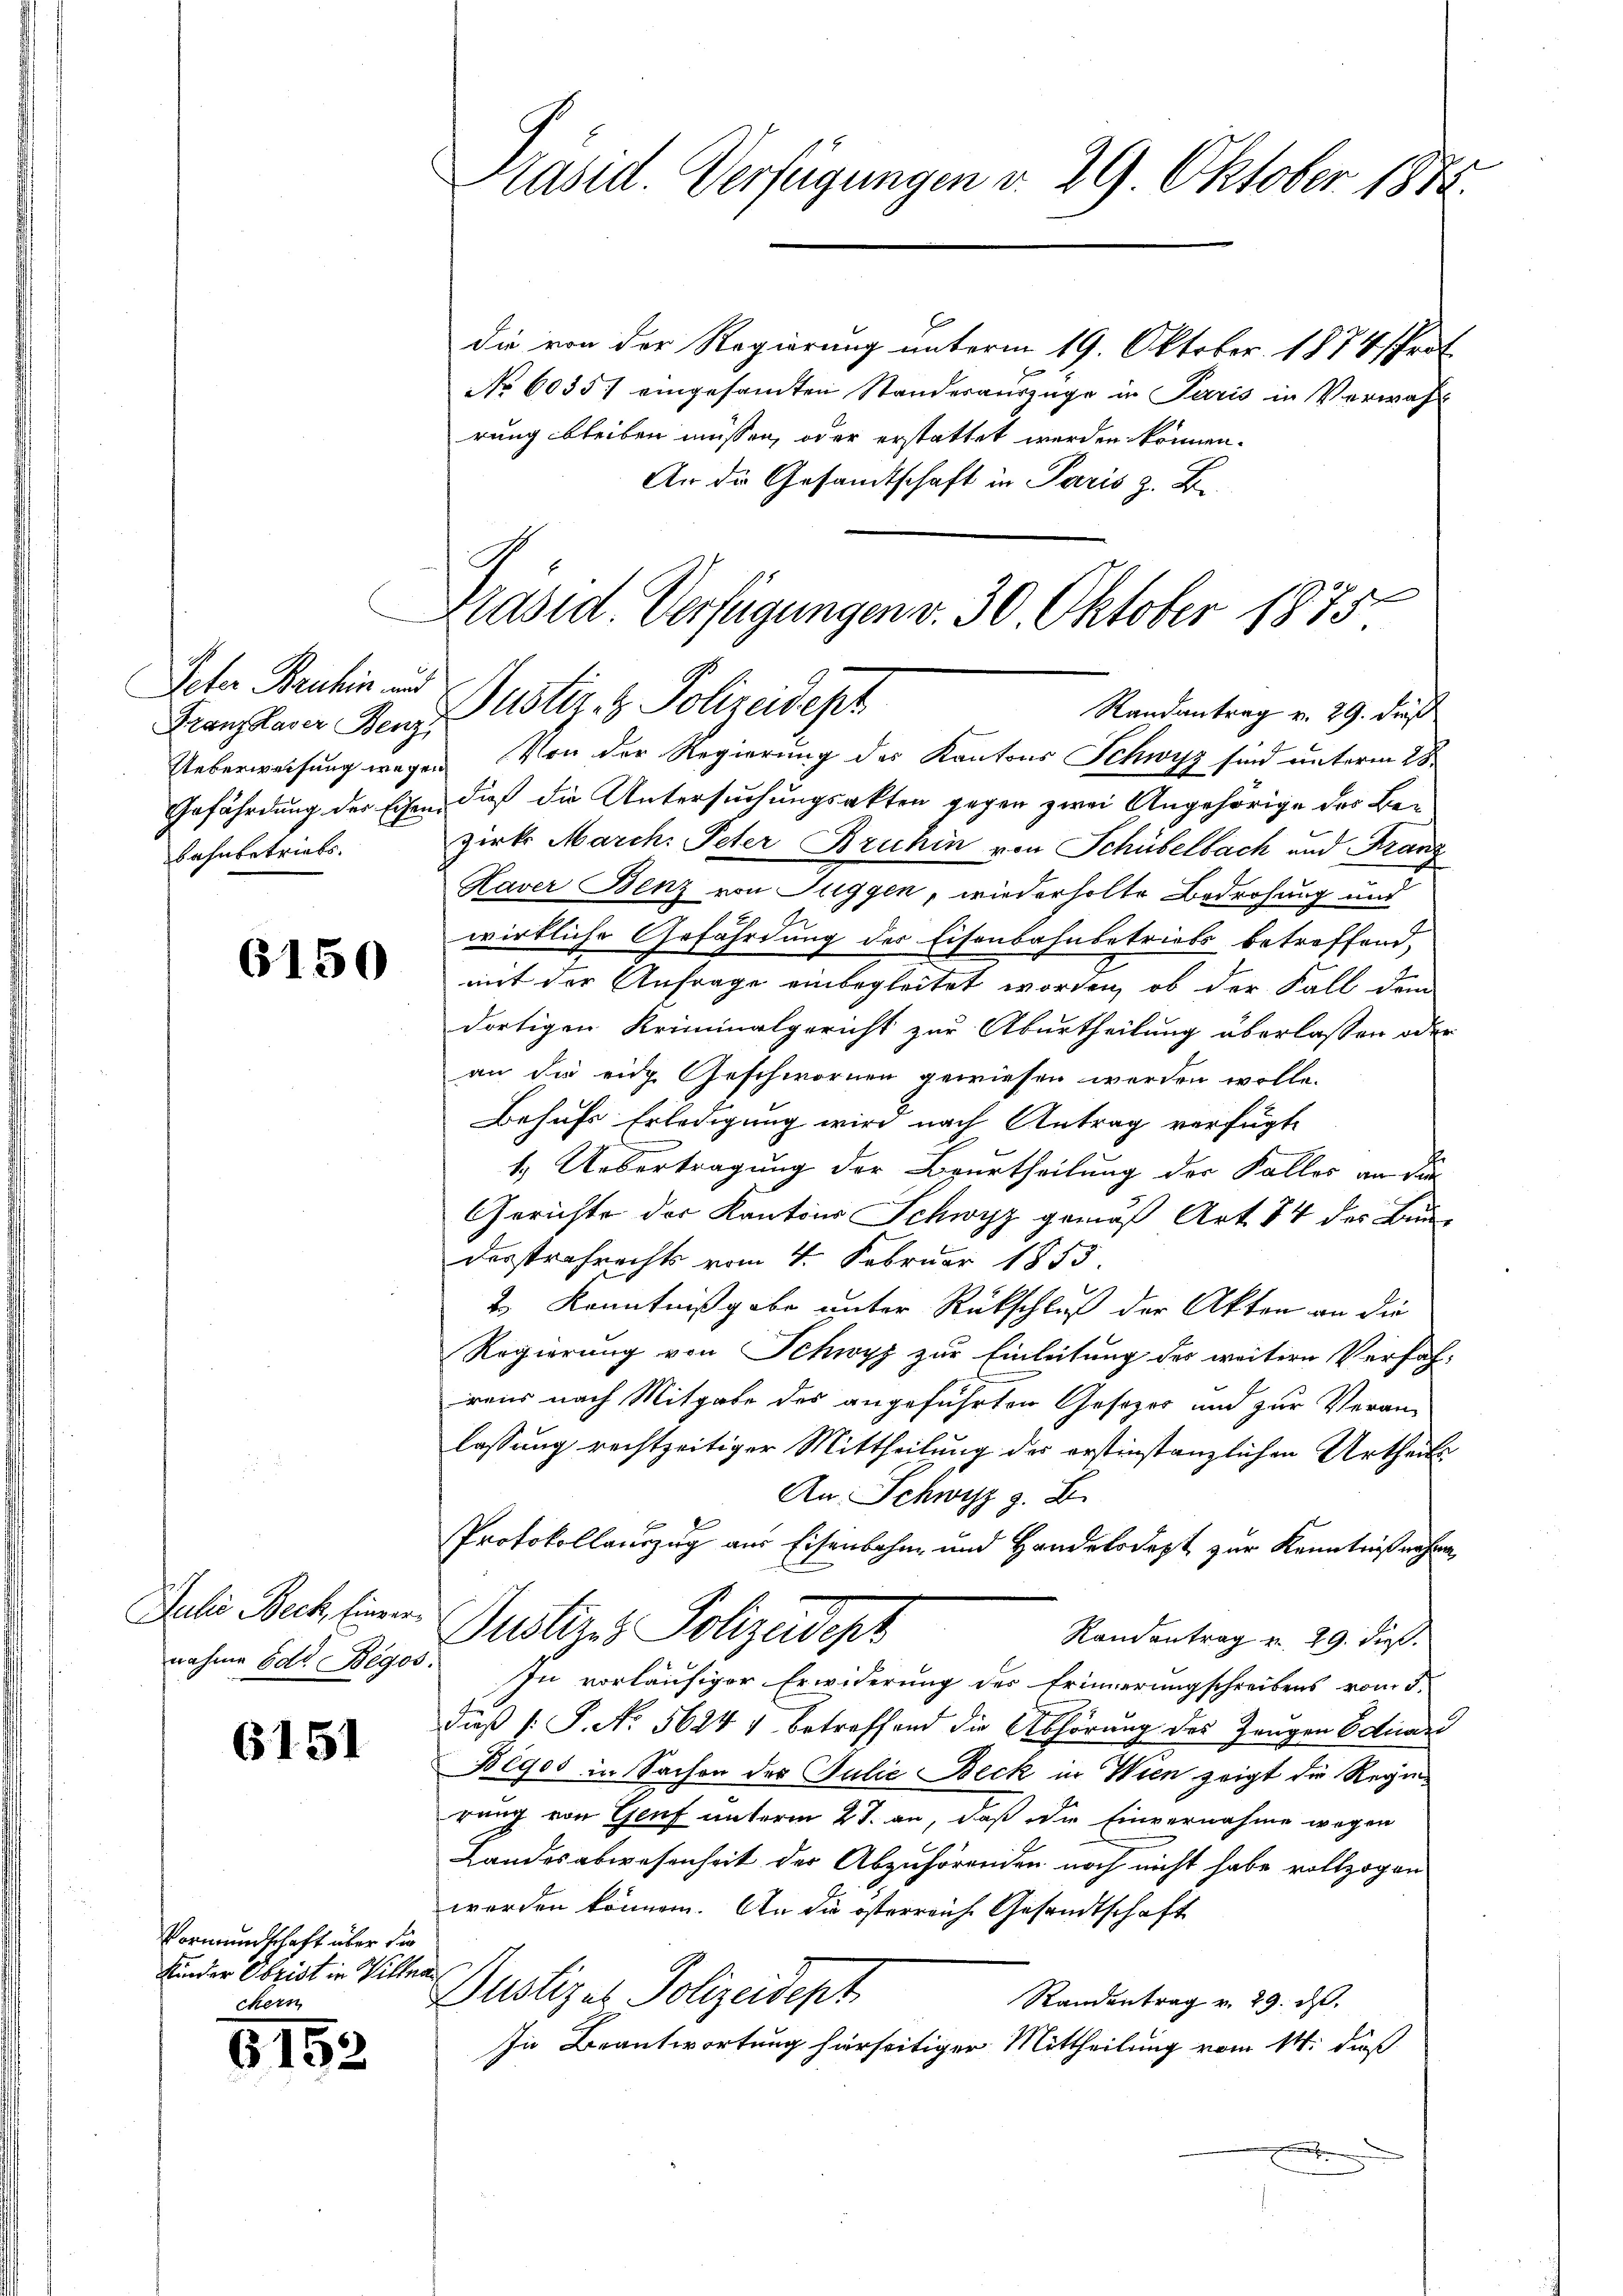
Peter Bruhin aus
bahnbetriebs.

6150

Juli Beck, Einver
nahme od. Begos

6151

Vormundschaft über die
Kinder Obrist in Ville.
chern

6152

Präsid. Verfügungen v. 29. Oktober 1874.

Präsid. Verfügungen v. 30. Oktober 1875.
Randantrag v. 29. dieß
Franzkara Benzustiz- & Polizeidigt

die von der Regierung unterm 19. Oktober 1874 Prot
No 6035 eingesamten Standerauszüge in Paris in Verwahl
rung bleiben müssen, oder erstattet werden können.
An die Gesandtschaft in Paris z. Be¬

Ueberweisung wegen. Von der Regierung des Kantons Schwyz sind unterm 28.
Gefährdung der Eisen dieß die Untersuchungsakten gegen zwei Angehörige der Bezirk March: Peter Bruhin von Schübelbach und Franz
Haver Benz von Tuggen, wiederholte Bedrohung und
A.
wirkliche Gefährdung der Eisenbahnbetriebs betreffend,
mit der Anfrage einbegleitet worden, ob der Fall dem
dortigen Kriminalgericht zur Aburtheilung überlassen oder
an die eine Geschwornen gewiesen werden wolle.
Behufs Erledigung wird nach Antrag verfügte
1. Uebertragung der Beurtheilung der Faller an die
Gerichte der Kantons Schwyz gemäß Art. 74 der Bundesstrafrechts vom 4. Februar 1853.
2.) Kenntnißgabe unter Rückschluß der Akten an die
Regierung von Schwyz zur Einleitung des weiteren Verfah-
rens nach Mitgabe des angeführten Gesezes und zur Veran-
lassung rechtzeitiger Mittheilung des erstinstanzlichen Urtheils
An Schwyz z. B.
Protokollauszug aus Eisenbahn- und Handelsdept zur Kenntnißnahme
Justiges Polizadopt
Randantrag v. 29. dieß.
In vorläufiger Erwiderung des Erinnerungschreibens vom 5.
dieß (: P. No. 5624 1 betreffend die Abhörung des Zeugen Eduard
Blgos in Sachen des Julie Beck in Wien zeigt die Regierung von Genf unterm 21. an, daß die Einvernahme wegen
Landesabwesenheit der Abzuhörenden noch nicht habe vollzogen
werden können. An die österreiche Gesandtschaft
t
Justizel Polizeidept
Randentrag v. 29. ds.
In Beantwortung hierseitiger Mittheilung vom 14. dieß